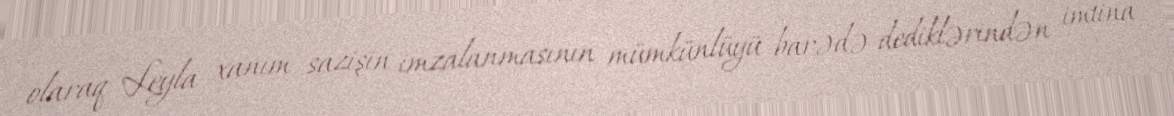
olaraq Leyla xanım sazişin imzalanmasının mümkünlüyü barədə dediklərindən imtina